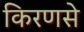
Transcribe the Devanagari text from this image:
किरणसे